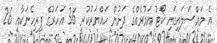
އެ މައްސަލައިގައި ކޯޓު އަމުރެއްގެ ދަށުން ހައްޔަރުކުރީ 36 އަހަރުގެ ފިރިހެނަކާއި 26